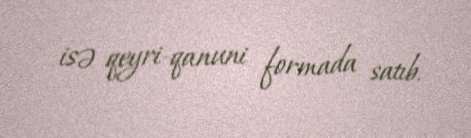
isə qeyri-qanuni formada satıb.